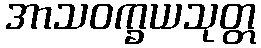
အာသဝက္ခယသုတ္တ